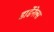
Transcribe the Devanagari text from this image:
डार्डेनेल्स